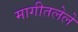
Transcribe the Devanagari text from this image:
मागीतलेले